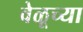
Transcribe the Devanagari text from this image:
वेळूच्या